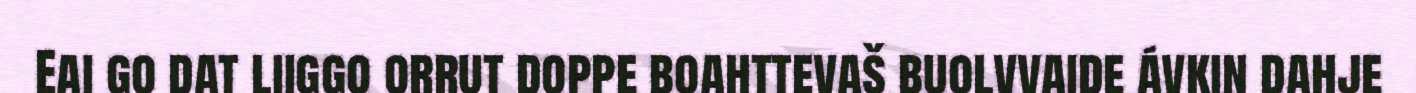
Eai go dat liiggo orrut doppe boahttevaš buolvvaide ávkin dahje